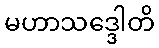
မဟာသဒ္ဒေါတိ